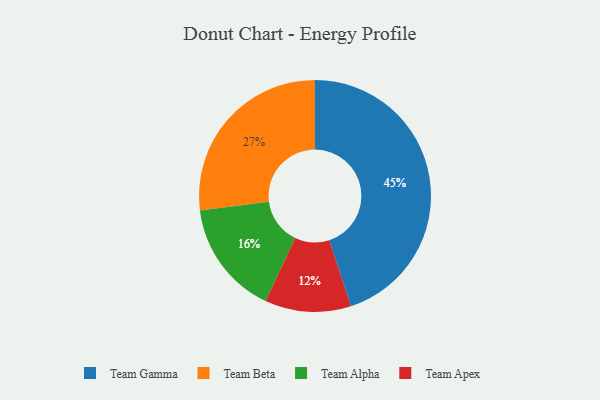
{"axis": {"x": "Category", "y": "Percentage"}, "legend": ["Team Alpha", "Team Apex", "Team Beta", "Team Gamma"], "data": [{"x": "Team Gamma", "y": 45, "type": "Team Gamma"}, {"x": "Team Alpha", "y": 16, "type": "Team Alpha"}, {"x": "Team Beta", "y": 27, "type": "Team Beta"}, {"x": "Team Apex", "y": 12, "type": "Team Apex"}]}